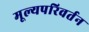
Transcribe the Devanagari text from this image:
मूल्यपरिवर्तन